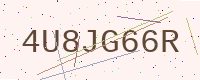
Text: 4U8JG66R